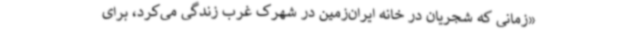
«زمانی که شجریان در خانه ایران‌زمین در شهرک غرب زندگی می‌کرد، برای